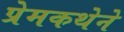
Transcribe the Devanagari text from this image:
प्रेमकथेने